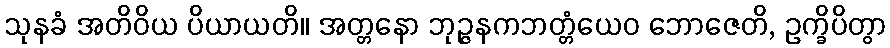
သုနခံ အတိဝိယ ပိယာယတိ။ အတ္တနော ဘုဉ္ဇနကဘတ္တံယေဝ ဘောဇေတိ, ဥက္ခိပိတွာ